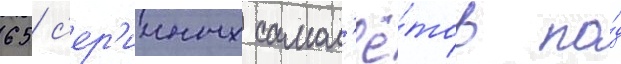
65 с'ер'ииных самол'ё́тов по́д